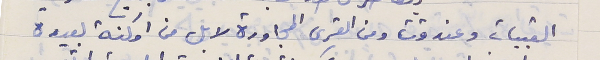
القبيات وعندقت ومن القرى المجاورة لا بل من امكنة بعيدة